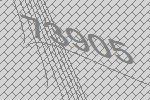
73905